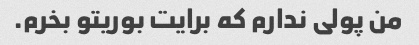
من پولی ندارم که برایت بوریتو بخرم.